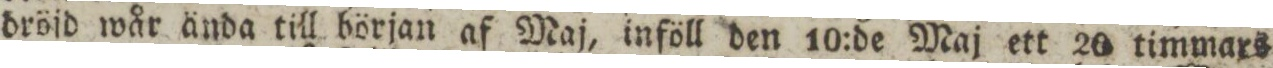
dröjd wår ända till början af Maj, inföll den 10:de Maj ett 20 timmars